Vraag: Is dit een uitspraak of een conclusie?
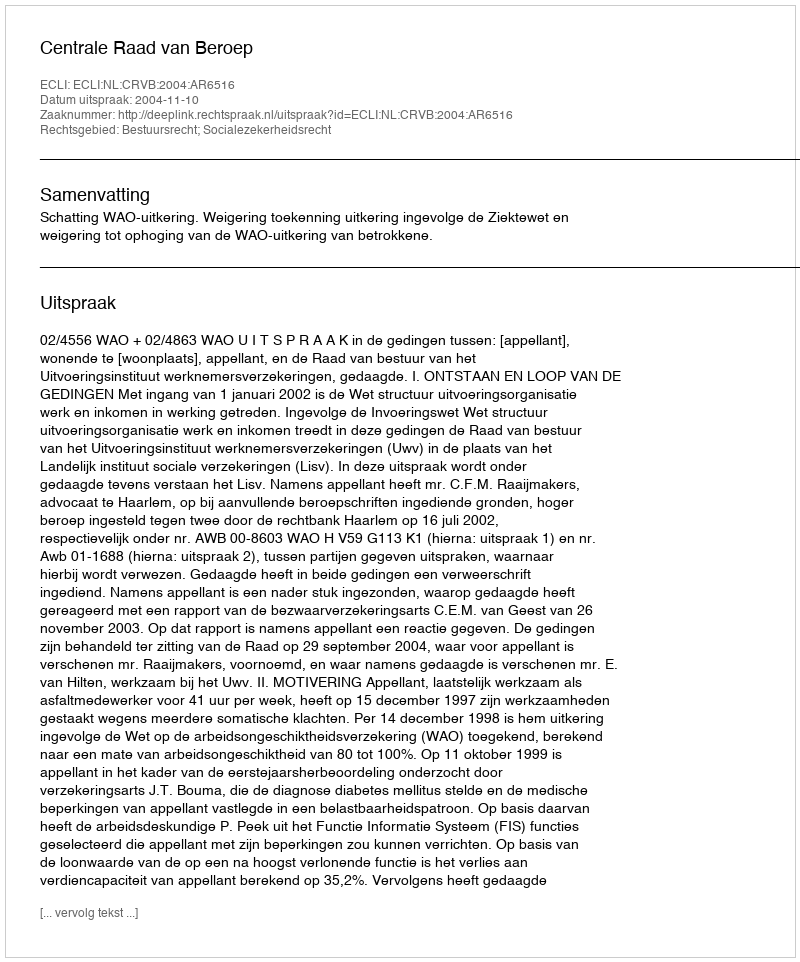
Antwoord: Uitspraak